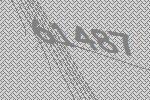
61487